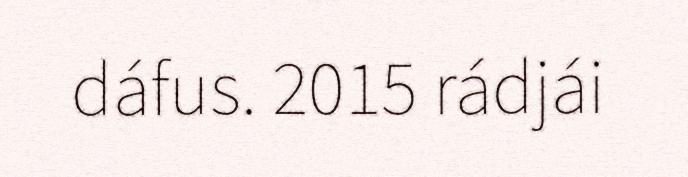
dáfus. 2015 rádjái